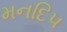
મનદિપ